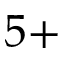
5 +